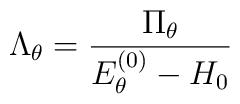
\Lambda_{\theta}=\frac{\Pi_{\theta}}{E_{\theta}^{(0)}-H_{0}}